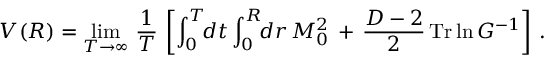
V ( R ) = \operatorname * { l i m } _ { T \rightarrow \infty } \, \frac { 1 } { T } \, \left[ \int _ { 0 } ^ { T } \! \! d t \int _ { 0 } ^ { R } \! \! d r \, M _ { 0 } ^ { 2 } \, + \, \frac { D - 2 } { 2 } \, \mathrm { T r } \ln G ^ { - 1 } \right] \, { . }